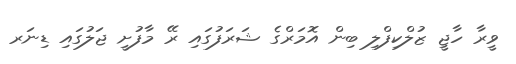
ވީރާ ހާޖީ ޒުލްކިފްލި ބިން އޮމަރްގެ ޝަރަފުގައި ރޭ މާފުށީ ޖަލުގައި ޑިނަރ